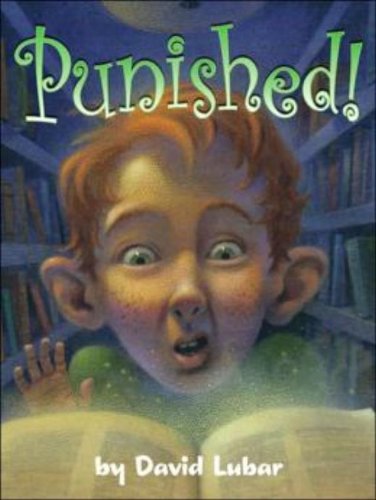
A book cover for Punished (Darby Creek Exceptional Titles); David Lubar; Humor & Entertainment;